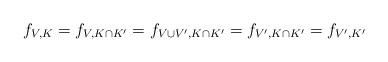
LaTeX: \begin{align*} f_{V,K}=f_{V,K\cap K'}=f_{V\cup V',K\cap K'}=f_{V',K\cap K'}=f_{V',K'} \end{align*}